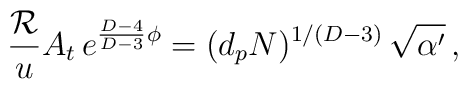
{{\cal R} \over u} A_t \,e^{{D-4 \over D-3} \phi} =(d_p N)^{1/(D-3)}\,\sqrt{\alpha^\prime}\, ,